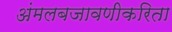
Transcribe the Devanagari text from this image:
अंमलबजावणीकरिता